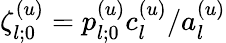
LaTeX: \zeta_{l;0}^{(u)}=p_{l;0}^{(u)}c_{l}^{(u)}/a_{l}^{(u)}